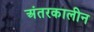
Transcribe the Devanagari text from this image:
अंतरकालीन